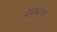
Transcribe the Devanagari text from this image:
इयारुइंगम